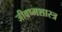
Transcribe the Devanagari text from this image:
जीवष्मशास्त्र